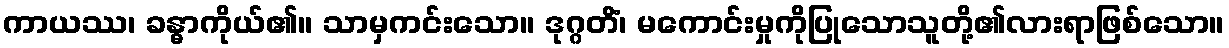
ကာယဿ၊ ခန္ဓာကိုယ်၏။ သာမှကင်းသော။ ဒုဂ္ဂတိံ၊ မကောင်းမှုကိုပြုသောသူတို့၏လားရာဖြစ်သော။